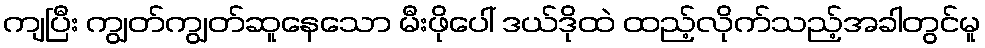
ကျပြီး ကျွတ်ကျွတ်ဆူနေသော မီးဖိုပေါ် ဒယ်ဒိုထဲ ထည့်လိုက်သည့်အခါတွင်မူ